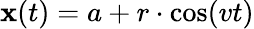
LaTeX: \mathbf{x}(t)=a+r\cdot\cos(vt)